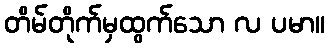
တိမ်တိုက်မှထွက်သော လ ပမာ။